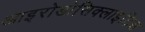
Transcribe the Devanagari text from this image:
आइरोडोसिक्लाइटिस